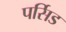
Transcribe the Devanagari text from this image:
पर्सिड